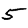
Digit: 5